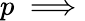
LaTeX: p\implies